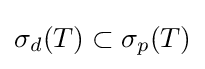
\sigma _{d}(T)\subset \sigma _{p}(T)